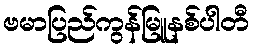
ဗမာပြည်ကွန်မြူနစ်ပါတီ